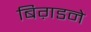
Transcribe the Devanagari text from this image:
बिग़डने